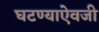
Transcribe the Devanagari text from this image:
घटण्याऐवजी